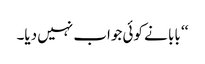
‘‘ بابا نے کوئی جواب نہیں دیا۔